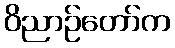
ဝိညာဉ်တော်က